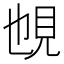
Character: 𧠉